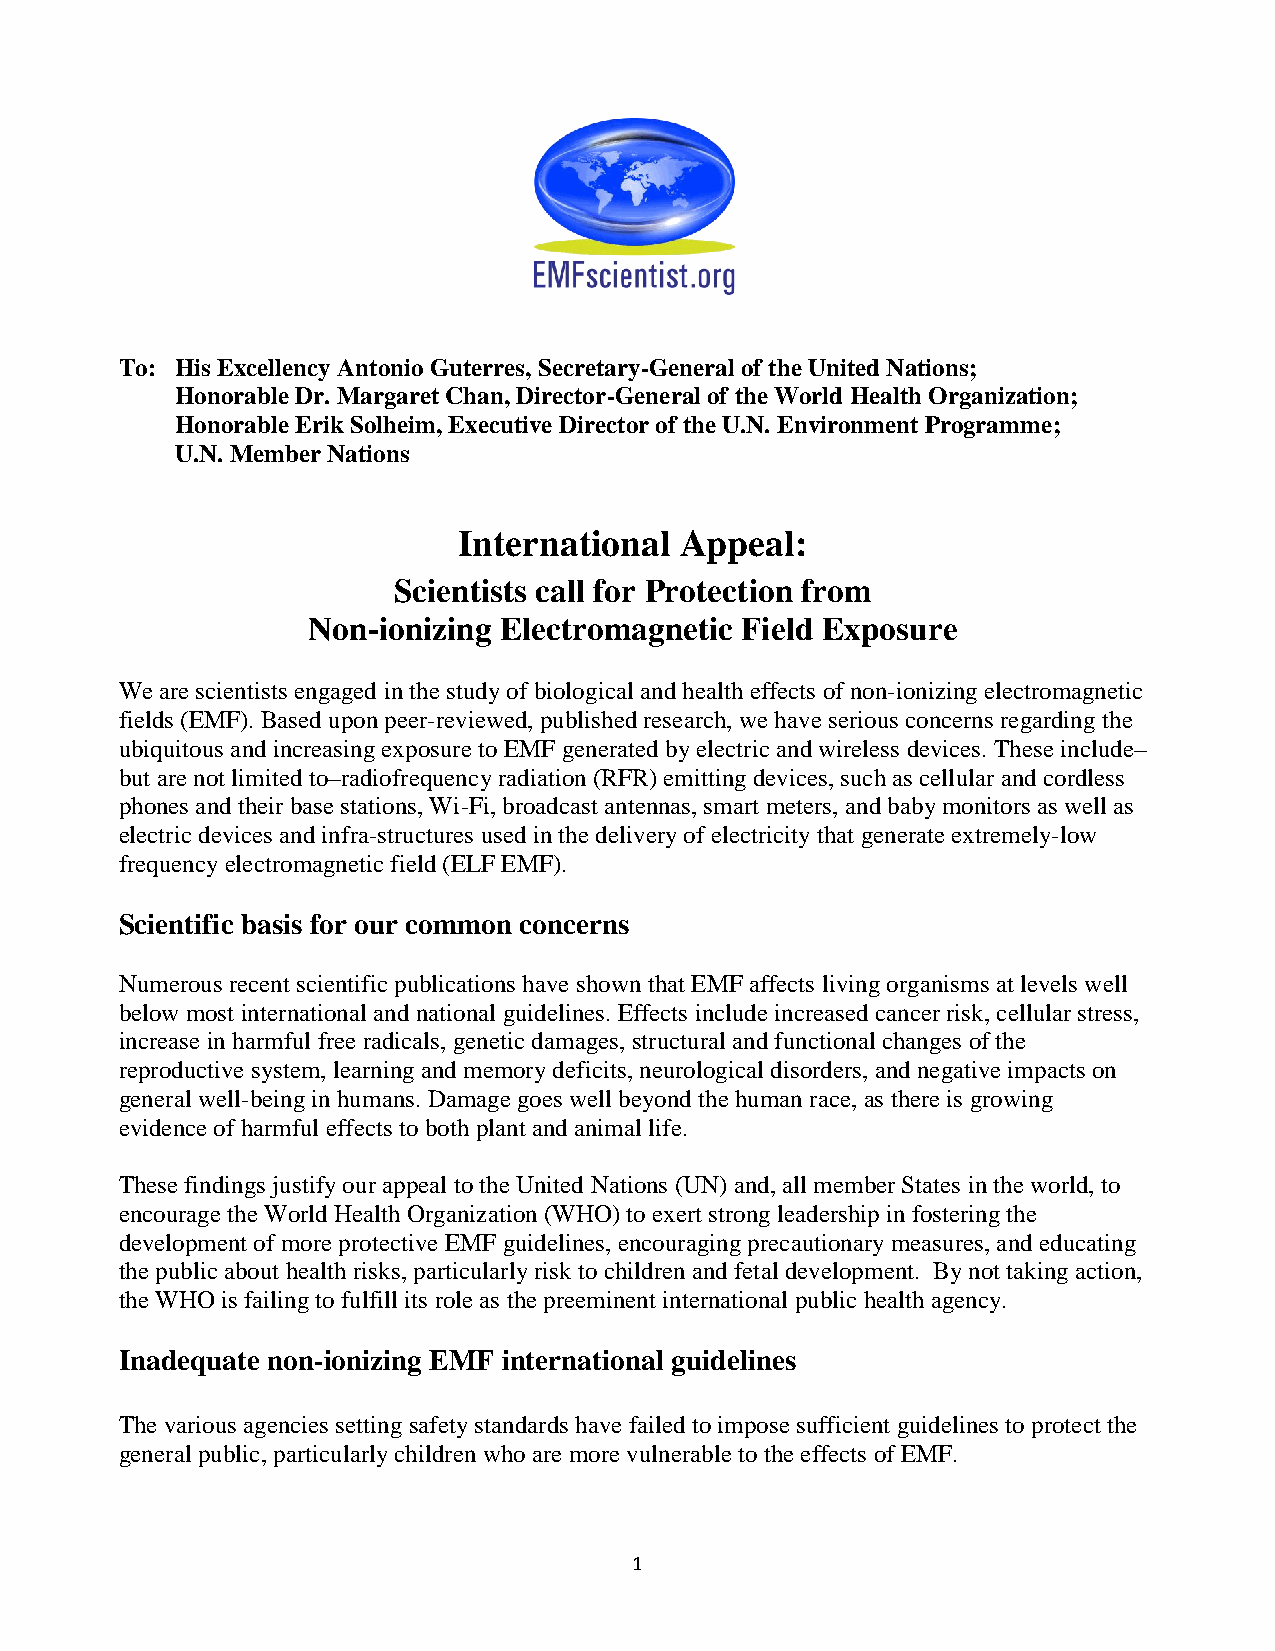
To: His Excellency Antonio Guterres, Secretary-General of the United Nations;
 Honorable Dr. Margaret Chan, Director-General of the World Health Organization;
 Honorable Erik Solheim, Executive Director of the U.N. Environment Programme;
 U.N. Member Nations
 International  Appeal:
 Scientists call for Protection from
 Non-ionizing Electromagnetic Field Exposure
 We are scientists engaged in the study of biological and health effects of non-ionizing electromagnetic
 fields (EMF). Based upon peer-reviewed, published research, we have serious concerns regarding the
 ubiquitous and increasing exposure to EMF generated by electric and wireless devices. These include–
 but are not limited to–radiofrequency radiation (RFR) emitting devices, such as cellular and cordless
 phones and their base stations, Wi-Fi, broadcast antennas, smart meters, and baby monitors as well as
 electric devices and infra-structures used in the delivery of electricity that generate extremely-low
 frequency electromagnetic field (ELF EMF).
 Scientific basis for our common concerns
 Numerous recent scientific publications have shown that EMF affects living organisms at levels well
 below most international and national guidelines. Effects include increased cancer risk, cellular stress,
 increase in harmful free radicals, genetic damages, structural and functional changes of the
 reproductive system, learning and memory deficits, neurological disorders, and negative impacts on
 general well-being in humans. Damage goes well beyond the human race, as there is growing
 evidence of harmful effects to both plant and animal life.
 These findings justify our appeal to the United Nations (UN) and, all member States in the world, to
 encourage the World Health Organization (WHO) to exert strong leadership in fostering the
 development of more protective EMF guidelines, encouraging precautionary measures, and educating
 the public about health risks, particularly risk to children and fetal development. By not taking action,
 the WHO is failing to fulfill its role as the preeminent international public health agency.
 Inadequate non-ionizing EMF international guidelines
 The various agencies setting safety standards have failed to impose sufficient guidelines to protect the
 general public, particularly children who are more vulnerable to the effects of EMF.
 1